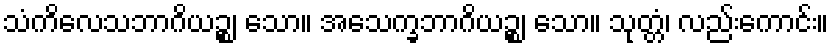
သံကိလေသဘာဂိယဉ္စ၊ သော။ အသေက္ခဘာဂိယဉ္စ၊ သော။ သုတ္တံ၊ လည်းကောင်း။